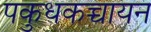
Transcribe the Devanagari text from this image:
पकुधकच्चायन